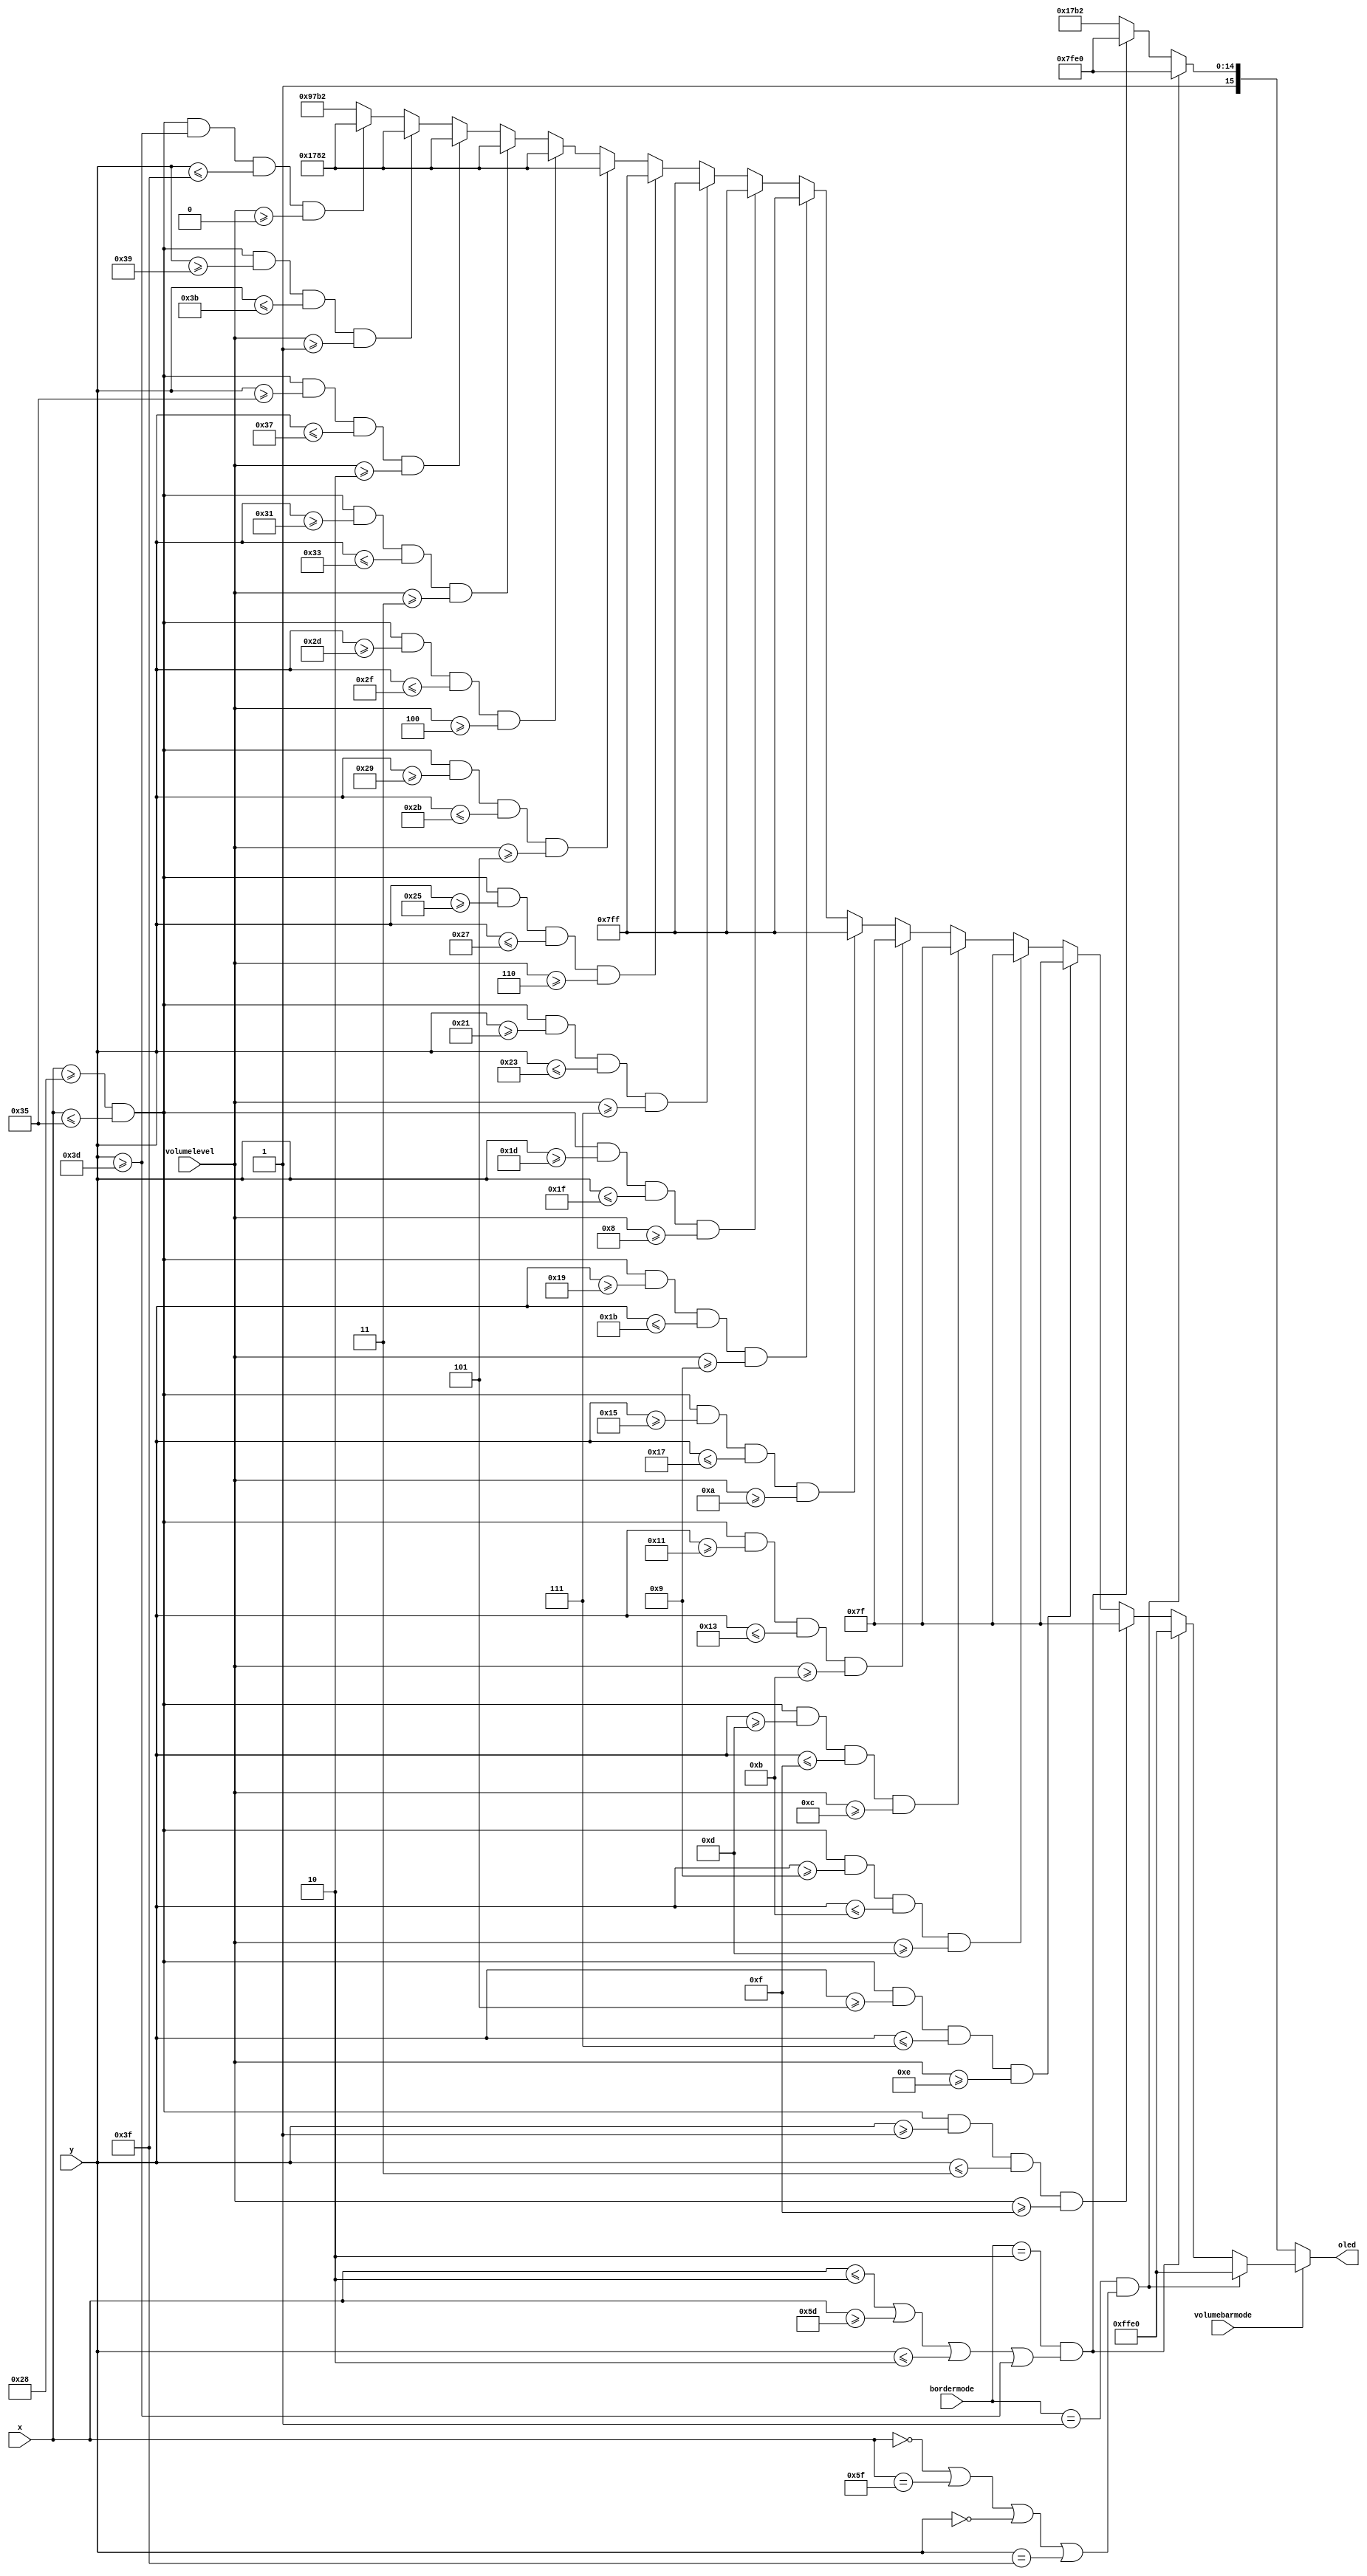
`timescale 1ns / 1ps

module volumebar1(
    input [1:0] bordermode,
    input volumebarmode,
    input[6:0] x,
    input[5:0]y,
    output reg [15:0] oled,
    input[3:0] volumelevel
    );
    
    parameter BORDER = 16'b1111111111100000, TOP = 16'b0000000001111111,
              MID = 16'b0000011111111111, LOW =16'b0001011110000010,
              BACK = 16'b1001011110110010;
    always @(*) begin  
        if (volumebarmode == 1) begin
               
         if (bordermode == 1 &&(x == 0 || x == 95 || y == 0 || y == 63) )begin
               oled = BORDER;
         end
         else if ( bordermode == 2 && ( x <= 2 || x >= 93 || y <= 2 || y >= 61)) begin
               oled = BORDER; 
         end                 
         else if (x >= 40  && x <= 53 && y >= 1 && y<=3 && volumelevel >= 15) begin// 16- highest vol
             oled = TOP; 
         end
         else if (x >= 40  && x <= 53 && y >= 5 && y<=7 && volumelevel >= 14) begin// 15
                     oled = TOP;
         end
         else if (x >= 40  && x <= 53 && y >= 9 && y<=11 && volumelevel >= 13) begin//14
                     oled = TOP;    
         end                                          
         else if (x >= 40  && x <= 53 && y >= 13 && y<=15 && volumelevel >= 12) begin//13
                     oled = TOP;    
         end                                          
         else if (x >= 40  && x <= 53 && y >= 17 && y<=19 && volumelevel >= 11) begin//12
                     oled = TOP;    
         end                                          
         else if (x >= 40  && x <= 53 && y >= 21 && y<=23 && volumelevel >= 10) begin//11
                     oled = MID;    
         end    
         else if (x >= 40  && x <= 53 && y >= 25 && y<=27 && volumelevel >= 9) begin//10
                     oled = MID;    
         end                                          
         else if (x >= 40  && x <= 53 && y >= 29 && y<=31 && volumelevel >= 8) begin//9
                     oled = MID;    
         end                                          
         else if (x >= 40  && x <= 53 && y >= 33 && y<=35 && volumelevel >= 7) begin//8
                     oled = MID;    
         end                                          
         else if (x >= 40  && x <= 53 && y >= 37 && y<=39 && volumelevel >= 6) begin//7
                     oled = MID;    
         end                                          
         else if (x >= 40  && x <= 53 && y >= 41 && y<=43 && volumelevel >= 5) begin//6
                     oled = LOW;    
         end                                          
         else if (x >= 40  && x <= 53 && y >= 45 && y<=47 && volumelevel >= 4) begin//5
                     oled = LOW;    
         end                                          
         else if (x >= 40  && x <= 53 && y >= 49 && y<=51 && volumelevel >= 3) begin//4
                     oled = LOW;    
         end                                          
         else if (x >= 40  && x <= 53 && y >= 53 && y<=55 && volumelevel >= 2) begin//3
                     oled = LOW;    
         end                                          
         else if (x >= 40  && x <= 53 && y >= 57 && y<=59 && volumelevel >= 1) begin//2
                     oled = LOW;    
         end                                          
         else if (x >= 40  && x <= 53 && y >= 61 && y<=63 && volumelevel >= 0) begin//1
                     oled = LOW;    
         end               
         else begin 
             oled = BACK;
         end                            
       end
       else begin // volume bar mode = 0
         if (bordermode == 1 &&(x == 0 || x == 95 || y == 0 || y == 63) )begin
               oled = BORDER;
         end
         else if ( bordermode == 2 && ( x <= 2 || x >= 93 || y <= 2 || y >= 61)) begin
               oled = BORDER; 
         end      
         else begin  
               oled = BACK;
         end
       end   
     end
endmodule